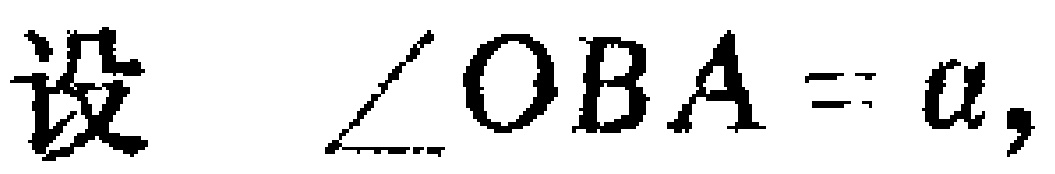
设 $\angle OBA = \alpha,$